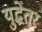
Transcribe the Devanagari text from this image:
युद्धेतर